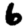
Digit: 6